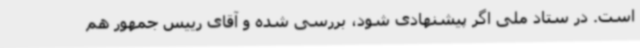
است. در ستاد ملی اگر پیشنهادی شود، بررسی شده و آقای رییس جمهور هم